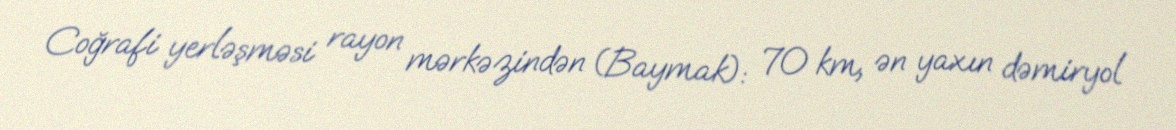
Coğrafi yerləşməsi rayon mərkəzindən (Baymak): 70 km, ən yaxın dəmiryol